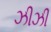
ઝીઝી